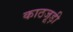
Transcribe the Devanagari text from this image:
काठजूड़ी